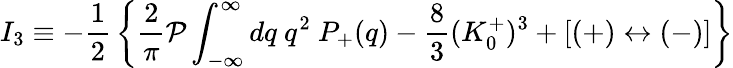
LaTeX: I_{3}\equiv-{\frac{1}{2}}\left\{ {\frac{2}{\pi}}{\cal P}\int_{-\infty}^{\infty}dq\ q^{2}\ P_{+}(q)-{\frac{8}{3}}(K_{0}^{+})^{3}+[(+)\leftrightarrow(-)]\right\}